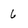
Character: 6